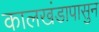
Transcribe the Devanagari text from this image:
कालखंडापासुन